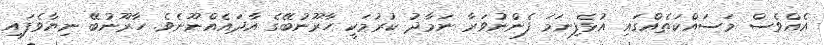
އެއްވެސް މަސައްކަތެއްގައި އުޅެފިނަމަ ފެންނުވަރާ ނަމާދު ކުރުމަކީ ހާރޫނުބޭގެ އާދައެއްނޫނެވެ. ހާރޫނުބޭ ނިޔާވެފައި